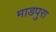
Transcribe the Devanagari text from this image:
माडपुरा